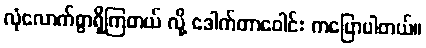
လုံလောက်စွာရှိကြတယ် လို့ ဒေါက်တာဝေါင်း ကပြောပါတယ်။